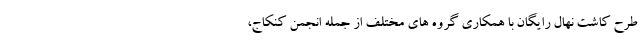
طرح کاشت نهال رایگان با همکاری گروه های مختلف از جمله انجمن کنکاج،